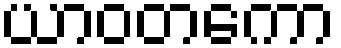
ယာဝတကော